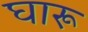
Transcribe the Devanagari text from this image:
घारू